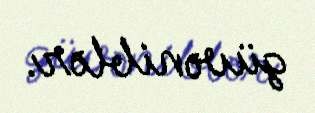
güvəniblər.